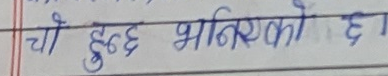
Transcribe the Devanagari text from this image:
ची हुन्छ भनिएको छ